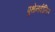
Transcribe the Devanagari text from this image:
पुथेनवीतिल